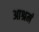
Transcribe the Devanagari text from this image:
आश्रमं